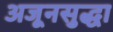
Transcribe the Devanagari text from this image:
अजूनसुद्धा